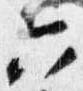
六